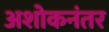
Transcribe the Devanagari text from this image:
अशोकनंतर